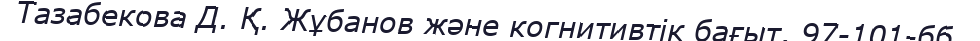
Тазабекова Д. Қ. Жұбанов және когнитивтік бағыт, 97-101-бб.